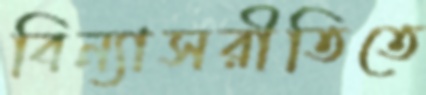
বিন্যাসরীতিতে